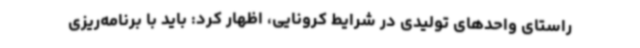
راستای واحدهای تولیدی در شرایط کرونایی، اظهار کرد: باید با برنامه‌ریزی